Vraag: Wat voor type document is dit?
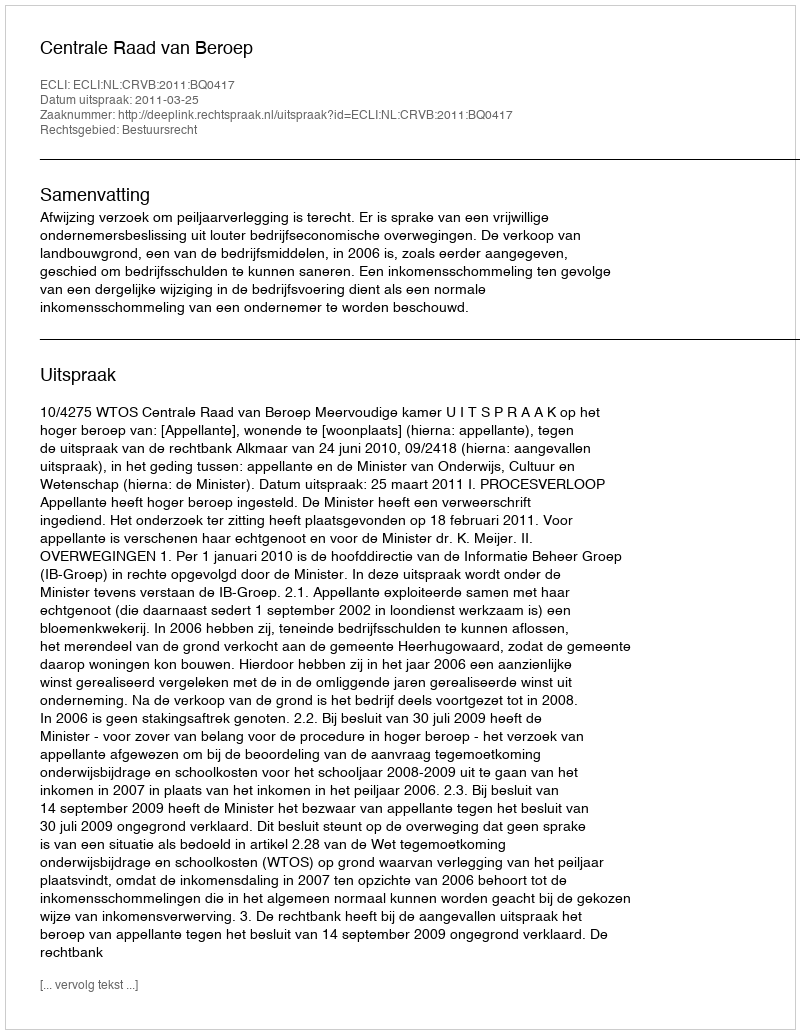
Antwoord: Uitspraak